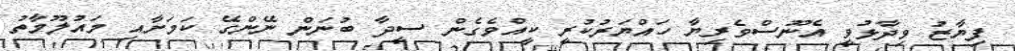
ފިޔާޒު ވިދާޅުވީ އެނޫސްވެރިޔާ ހައްޔަރުކުރީ ކީއްވެގެން ސީދާ ބުނަން ނޭންގޭ ކަމަށާއި މައުލޫމާތު